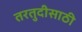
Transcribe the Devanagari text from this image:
तरतुदीसाठी